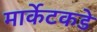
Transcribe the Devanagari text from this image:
मार्केटकडे